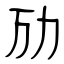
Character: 劢